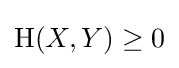
\mathrm {H} (X,Y)\geq 0